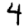
Digit: 4